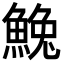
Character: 𩸃